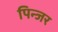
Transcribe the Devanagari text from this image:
पिन्जर